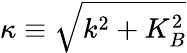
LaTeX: \kappa\equiv\sqrt{k^{2}+K_{B}^{2}}